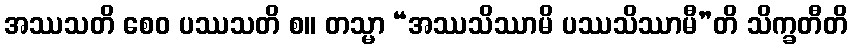
အဿသတိ စေဝ ပဿသတိ စ။ တသ္မာ “အဿသိဿာမိ ပဿသိဿာမီ”တိ သိက္ခတီတိ